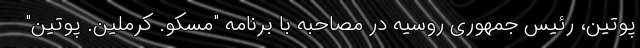
پوتین، رئیس جمهوری روسیه در مصاحبه با برنامه "مسکو. کرملین. پوتین"